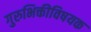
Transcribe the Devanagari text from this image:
गुरुभिक्तीविषयक